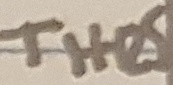
Text: THRS